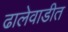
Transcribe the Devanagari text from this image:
ढालेवाडीत